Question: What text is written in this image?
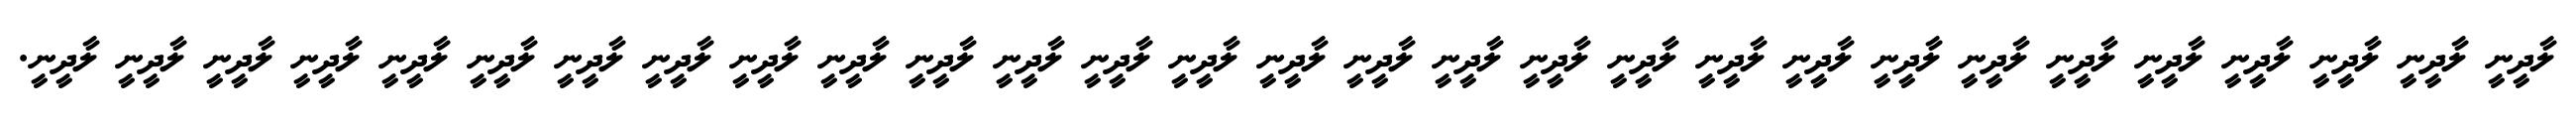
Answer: ލާދީނީ ލާދީނީ ލާދީނީ ލާދީނީ ލާދީނީ ލާދީނީ ލާދީނީ ލާދީނީ ލާދީނީ ލާދީނީ ލާދީނީ ލާދީނީ ލާދީނީ ލާދީނީ ލާދީނީ ލާދީނީ ލާދީނީ ލާދީނީ ލާދީނީ ލާދީނީ ލާދީނީ ލާދީނީ ލާދީނީ ލާދީނީ ލާދީނީ ލާދީނީ ލާދީނީ ލާދީނީ ލާދީނީ.